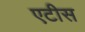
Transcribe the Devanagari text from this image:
एटीस